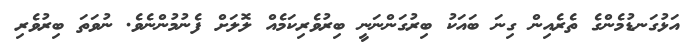
އަޅުގަނޑުމެންގެ ތެރެއިން ގިނަ ބައަކު ބިރުގަންނަނީ ބިރުވެރިކަމެއް ލޮލަށް ފެނުމުންނެވެ. ނުވަތަ ބިރުވެރި